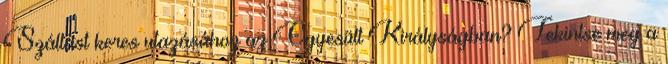
Szállást keres utazásához az Egyesült Királyságban? Tekintse meg a